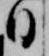
日